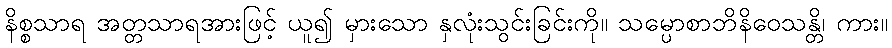
နိစ္စသာရ အတ္တသာရအားဖြင့် ယူ၍ မှားသော နှလုံးသွင်းခြင်းကို။ သမ္ပောစာဘိနိဝေသန္တိ၊ ကား။